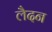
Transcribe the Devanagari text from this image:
लैदन